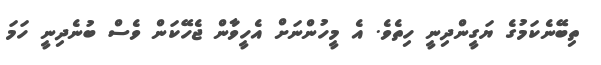
ތިބޭނެކަމުގެ ޔަގީންދިނީ ހިތެވެ. އެ މީހުންނަށް އެހީވާން ޖެހޭކަން ވެސް ބުނެދިނީ ހަމަ